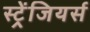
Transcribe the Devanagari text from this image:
स्ट्रेंजियर्स